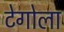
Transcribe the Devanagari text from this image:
टेगोला